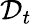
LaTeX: {\mathcal D}_{t}